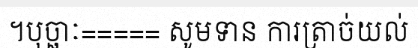
។បុច្ឆាៈ===== សូមទាន ការត្រាច់យល់